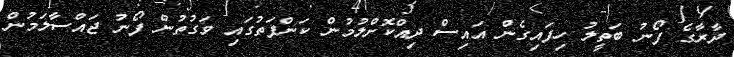
ދާރާގެ ފޯނު ބަތީލު ހިފައިގެން އައިސް ދިއްކޮށްލުމުން ކަންފަތުގައި ވަގުތުން ފޯނު ޖައްސާލަމުން